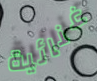
غنائية